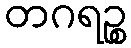
တဂရဉ္စ